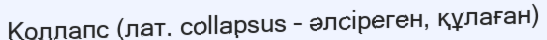
Коллапс (лат. collapsus – әлсіреген, құлаған)